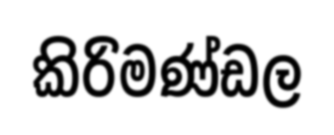
කිරිමණ්ඩල